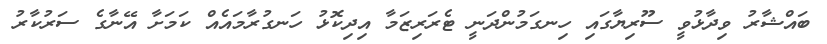
ބައްޝާރު ވިދާޅުވީ ސޫރިޔާގައި ހިނގަމުންދަނީ ޓެރަރިޒަމާ އިދިކޮޅު ހަނގުރާމައެއް ކަމަށާ އޭނާގެ ސަރުކާރު